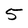
Character: 5